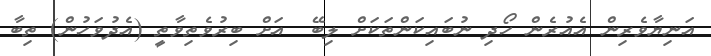
އަނިޔާވެރިން އެއުރެން ހޯދި ނުބައިކަންތަކަށް ލިބޭ  އަށް ބިރުވެތިވާތީ (އެދުވަހުން) ތިބާ